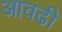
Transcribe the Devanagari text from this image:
आवढी